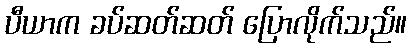
ပီယာက ခပ်ဆတ်ဆတ် ပြောလိုက်သည်။